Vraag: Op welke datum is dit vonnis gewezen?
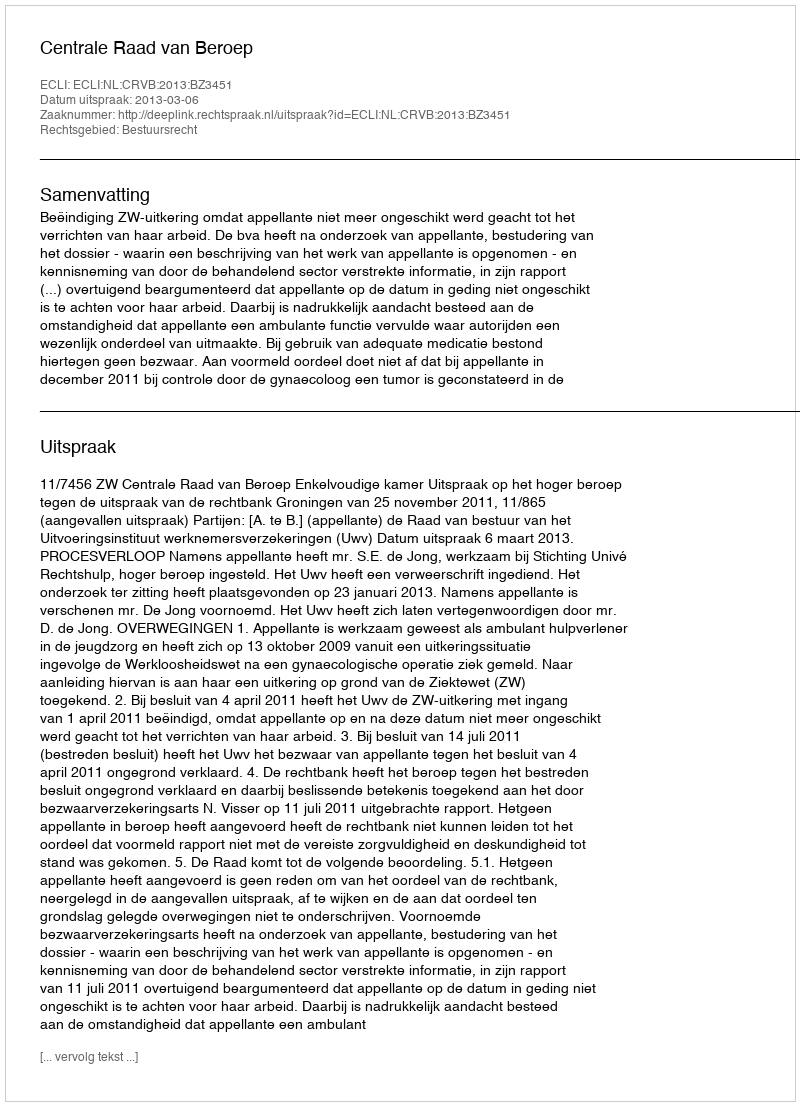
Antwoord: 2013-03-06